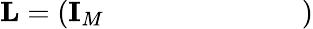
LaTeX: \textbf{L}=\left(\begin{array}{llllllll}{\textbf{I}_{M}}&{}&{}&{}&{}&{}&{}&{}\end{array}\right)